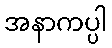
အနာကပ္ပါ